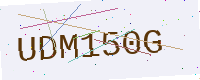
Text: UDM150G